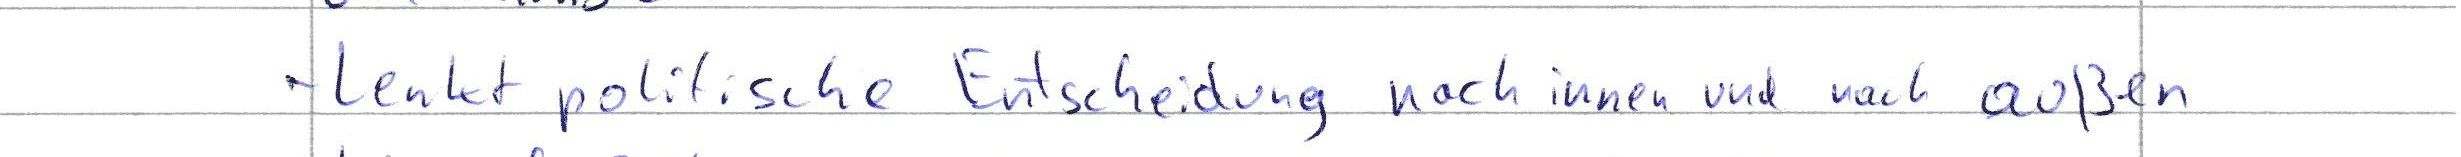
- lenkt politische Entscheidungen nach innen und nach außen